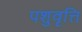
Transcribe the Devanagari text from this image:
पशुवृत्ति